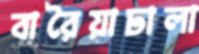
বারৈয়াঢালা